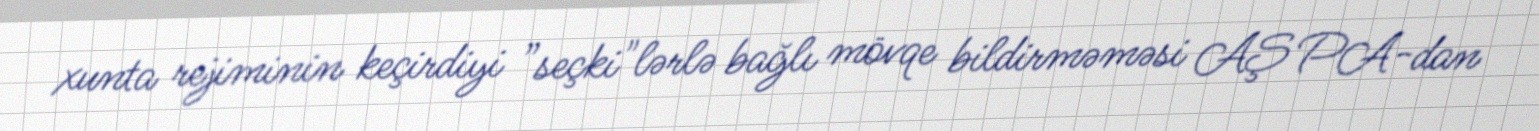
xunta rejiminin keçirdiyi ”seçki"lərlə bağlı mövqe bildirməməsi AŞ PA-dan